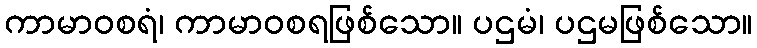
ကာမာဝစရံ၊ ကာမာဝစရဖြစ်သော။ ပဌမံ၊ ပဌမဖြစ်သော။